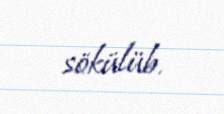
sökülüb.